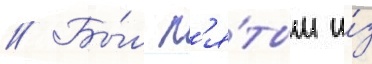
// Бы́л п'я́тым и́з